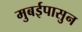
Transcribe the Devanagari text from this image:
मुबईपासुन